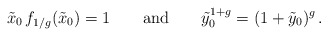
\begin{align*} \tilde{x}_0 \, f_{1/g} ( \tilde{x}_0) = 1 \qquad {\rm and} \qquad \tilde{y}_0^{1+g} = ( 1+\tilde{y}_0 )^g \,.\end{align*}